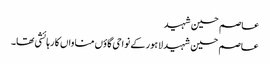
عاصم حسین شہید
عاصم حسین شہید لاہور کے نواحی گاؤں مناواں کا رہائشی تھا۔